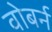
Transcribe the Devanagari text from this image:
वोबर्न